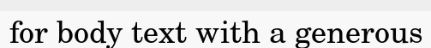
for body text with a generous